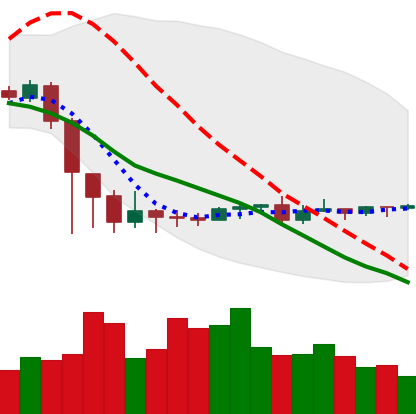
Ticker: ETC-USD
Chart end date: 2020-09-19
Forward return: -4.662%
Label: down_3_5